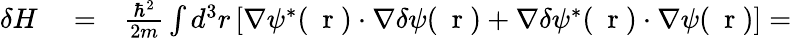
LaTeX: \begin{array}{rlr}{\delta H}&{{}=}&{\frac{\hbar^{2}}{2m}\int d^{3}r\left[\nabla\psi^{*}(\mathrm{~\mathbf~r~})\cdot\nabla\delta\psi(\mathrm{~\mathbf~r~})+\nabla\delta\psi^{*}(\mathrm{~\mathbf~r~})\cdot\nabla\psi(\mathrm{~\mathbf~r~})\right]=}\end{array}